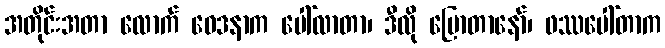
အတိုင်းအတာ လောက် ဝေဒနာက ပေါ်လာတာ၊ ဒီလို ပြောတာနော်၊ ဖဿပေါ်တာက